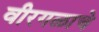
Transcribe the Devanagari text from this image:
वीरगळाचे